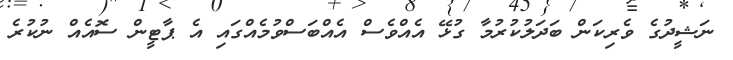
ނަޝީދުގެ ވެރިކަން ބަދަލުކުރުމާ ގުޅޭ އެއްވެސް އެއްބަސްވުމެއްގައި އެ ޕާޓީން ސޮއެއް ނުކުރެ